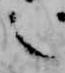
之